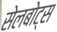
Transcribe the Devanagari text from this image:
सेलबोट्स